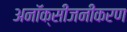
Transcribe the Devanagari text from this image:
अनॉक्सीजनीकरण